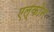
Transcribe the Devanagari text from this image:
एल्कोन